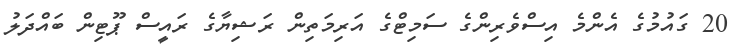
20 ގައުމުގެ އެންމެ އިސްވެރިންގެ ސަމިޓްގެ އަރިމަތިން ރަޝިޔާގެ ރައީސް ޕޫޓިން ބައްދަލު